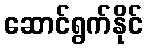
ဆောင်ရွက်နိုင်